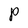
Character: P